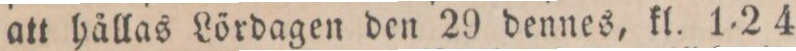
att hållas Lördagen den 29 dennes, kl. 1=24